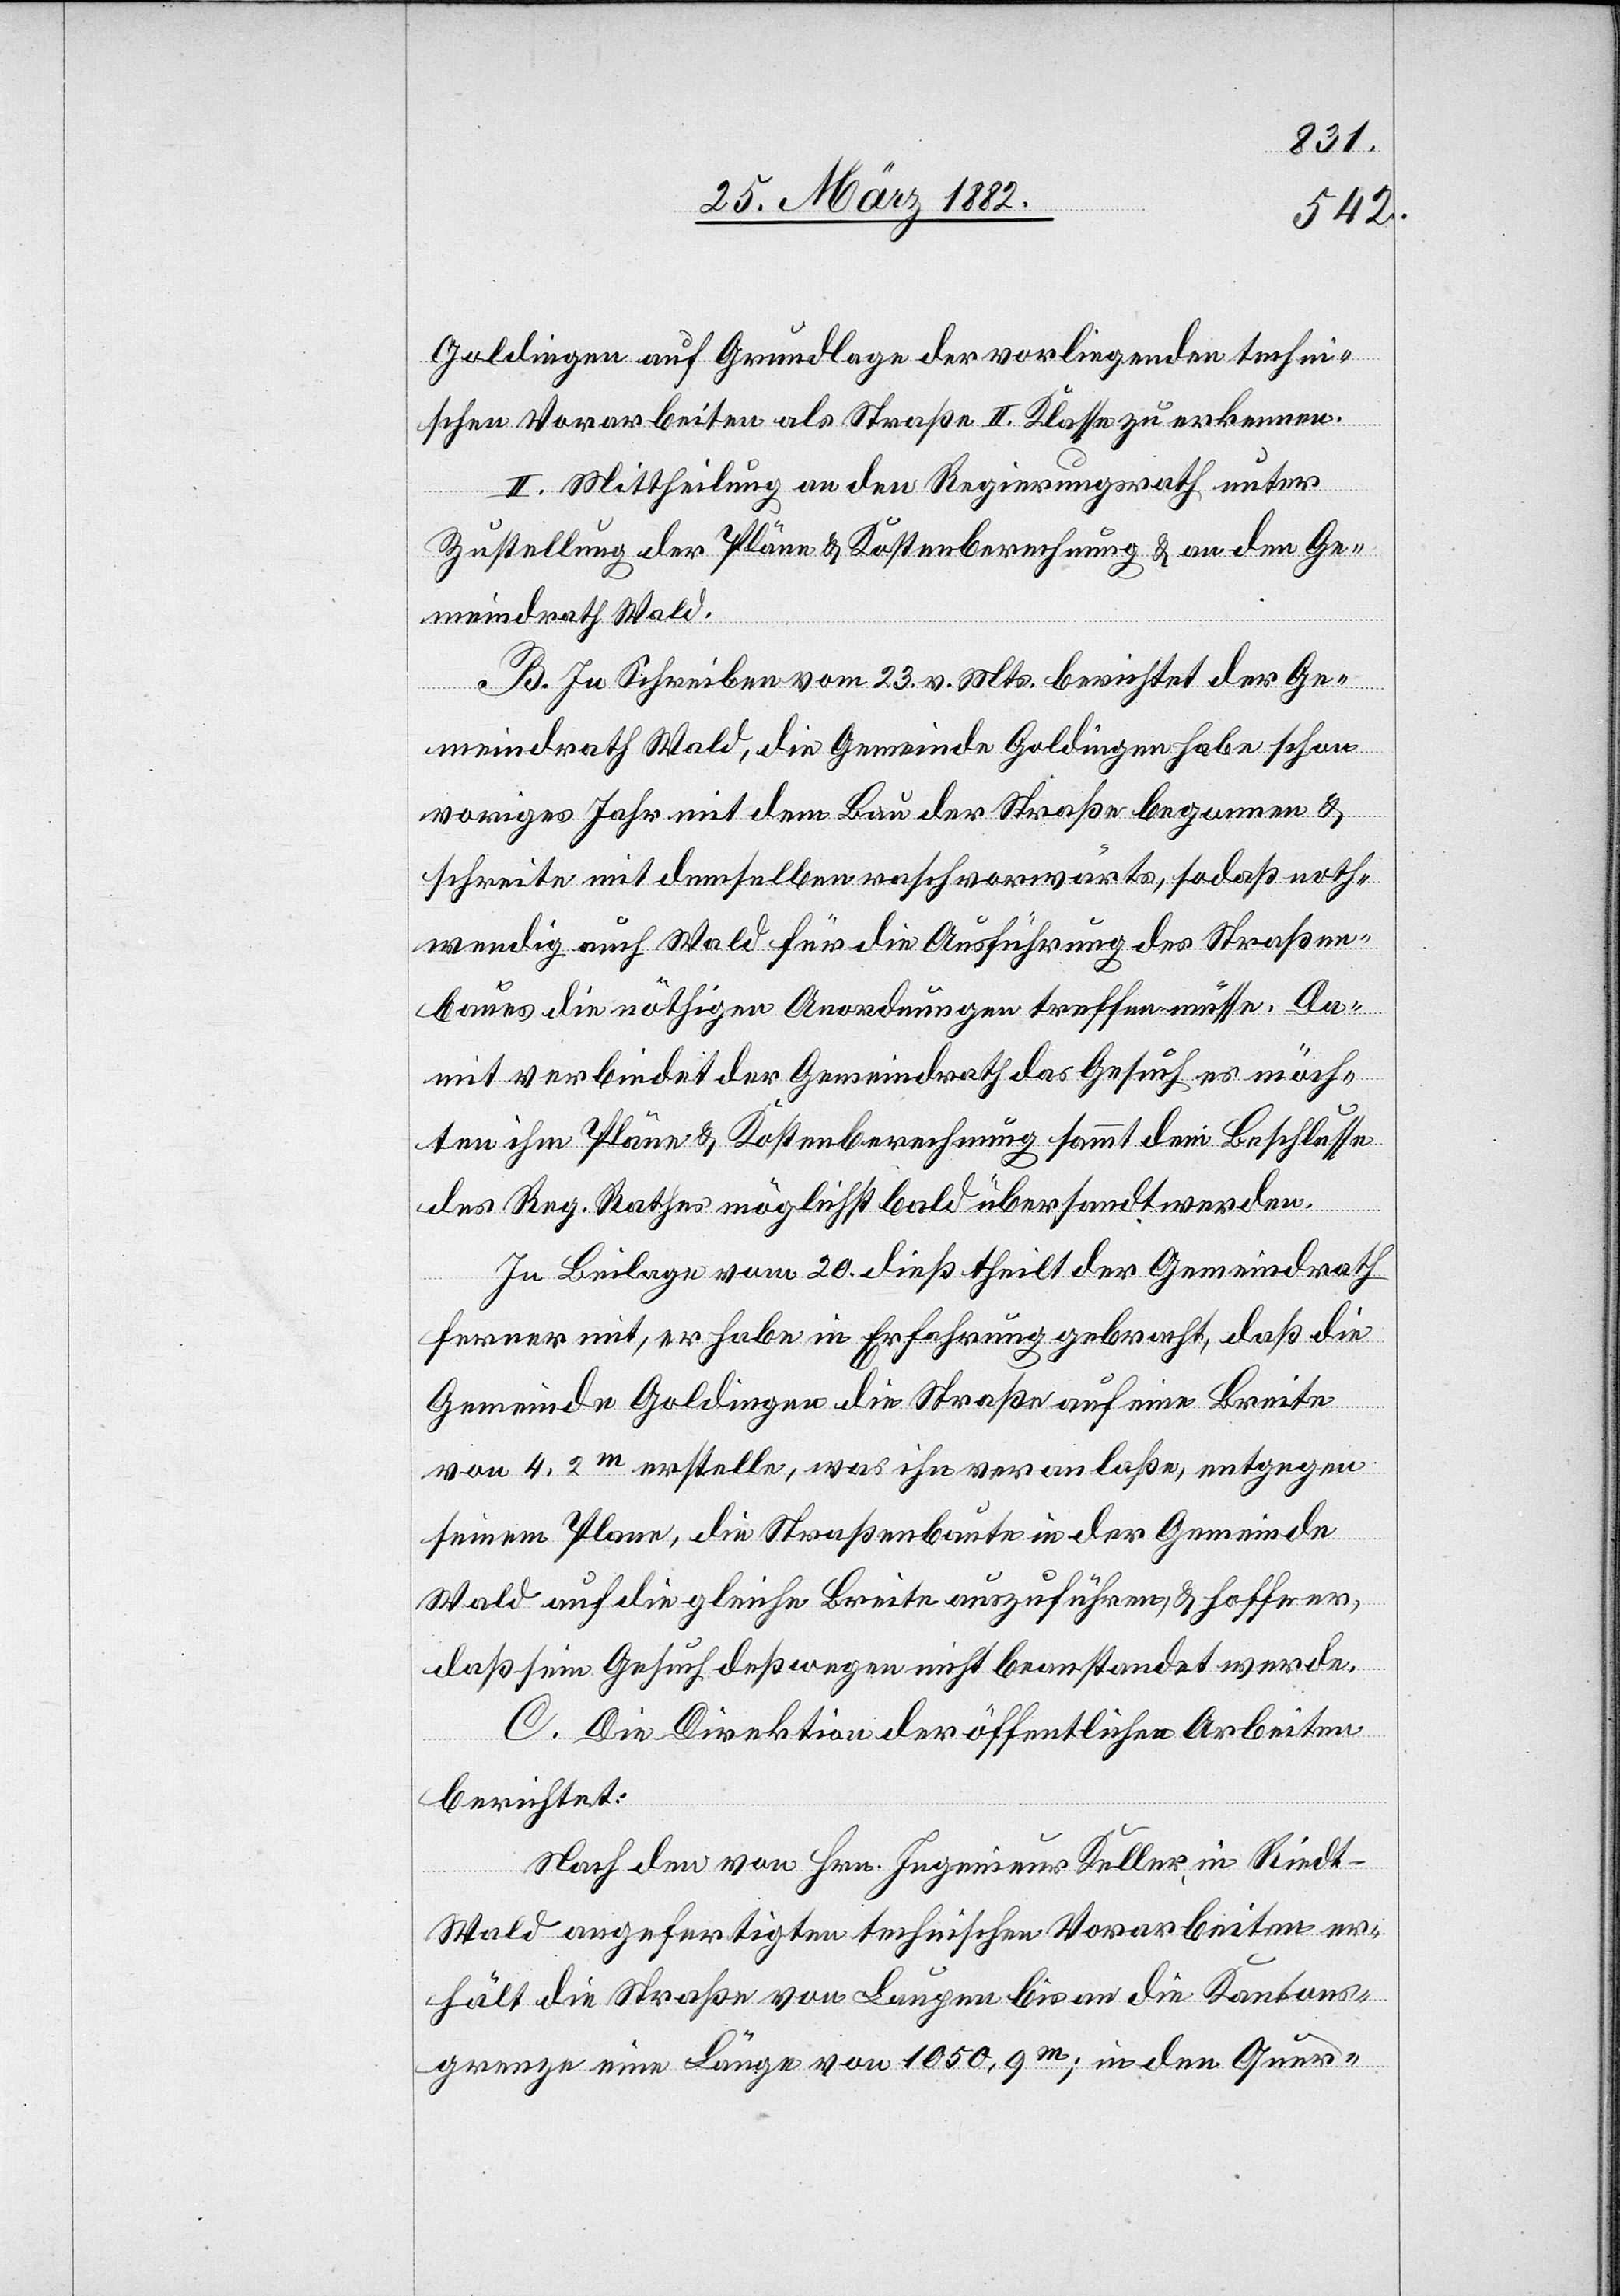
Goldingen auf Grundlage der vorliegenden techni¬
schen Vorarbeiten als Straße II. Klasse zu erkennen.
II. Mittheilung an den Regierungsrath unter
Zustellung der Pläne & Kostenberechnung & an den Ge¬
meindrath Wald.
B. Im Schreiben vom 23. v. Mts. berichtet der Ge¬
meindrath Wald, die Gemeinde Goldingen habe schon
voriges Jahr mit dem Bau der Straße begonnen &
schreite mit demselben rasch vorwärts, so daß noth¬
wendig auch Wald für die Ausführung des Straßen¬
baues die nöthigen Anordnungen treffen müsse. Da¬
mit verbindet der Gemeindrath das Gesuch es möch¬
ten ihm Pläne & Kostenberechnung sammt dem Beschlusse
des Reg. Rathes möglichst bald übersandt werden.
In Beilage vom 20. dieß theilt der Gemeindrath
ferner mit, er habe in Erfahrung gebracht, daß die
Gemeinde Goldingen die Straße auf eine Breite
von 4,2 m erstelle, was ihn veranlaße, entgegen
seinem Plane, die Straßenbaute in der Gemeinde
Wald auf die gleiche Breite auszuführen, & hoffe er,
daß sein Gesuch deßwegen nicht beanstandet werde.
C. Die Direktion der öffentlichen Arbeiten
berichtet:
Nach den von Hrn. Ingenieur Keller, in Riedt
Wald angefertigten technischen Vorarbeiten er¬
hält die Straße von Laupen bis an die Kantons¬
grenze eine Länge von 1050,9 m; in den Quer-